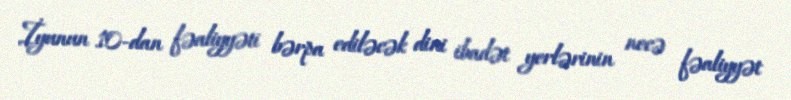
İyunun 10-dan fəaliyyəti bərpa ediləcək dini ibadət yerlərinin necə fəaliyyət